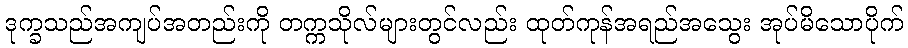
ဒုက္ခသည်အကျပ်အတည်းကို တက္ကသိုလ်များတွင်လည်း ထုတ်ကုန်အရည်အသွေး အုပ်မိသောပိုက်